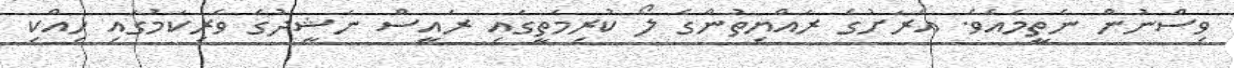
ވިސްނުން ނެތީމައެވެ. އެރަށުގެ ރައްޔިތުންގެ ލޯ ކުރިމަތީގައި ރައީސް ނަޝީދުގެ ވެރިކަމުގައި ހިއްކި